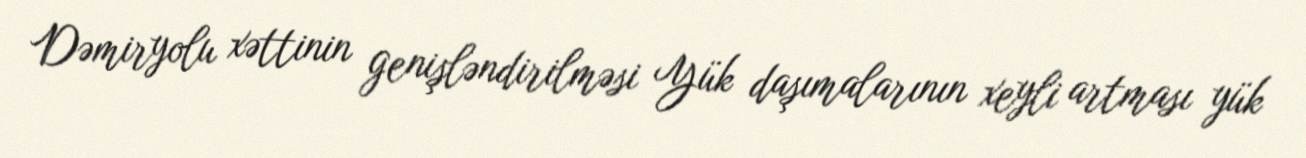
Dəmiryolu xəttinin genişləndirilməsi Yük daşımalarının xeyli artması yük